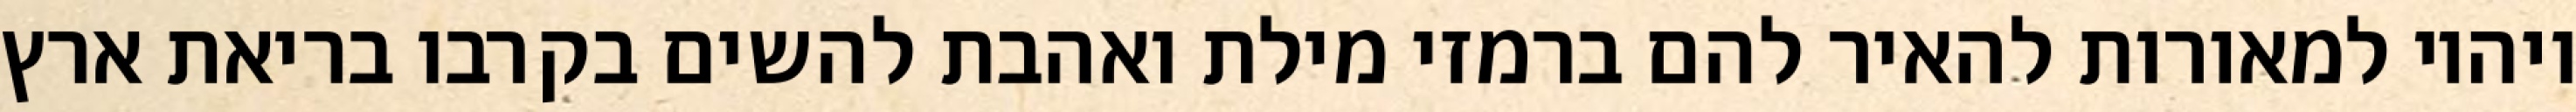
ויהיו למאורות להאיר להם ברמזי מילת ואהבת להשים בקרבו בריאת ארץ